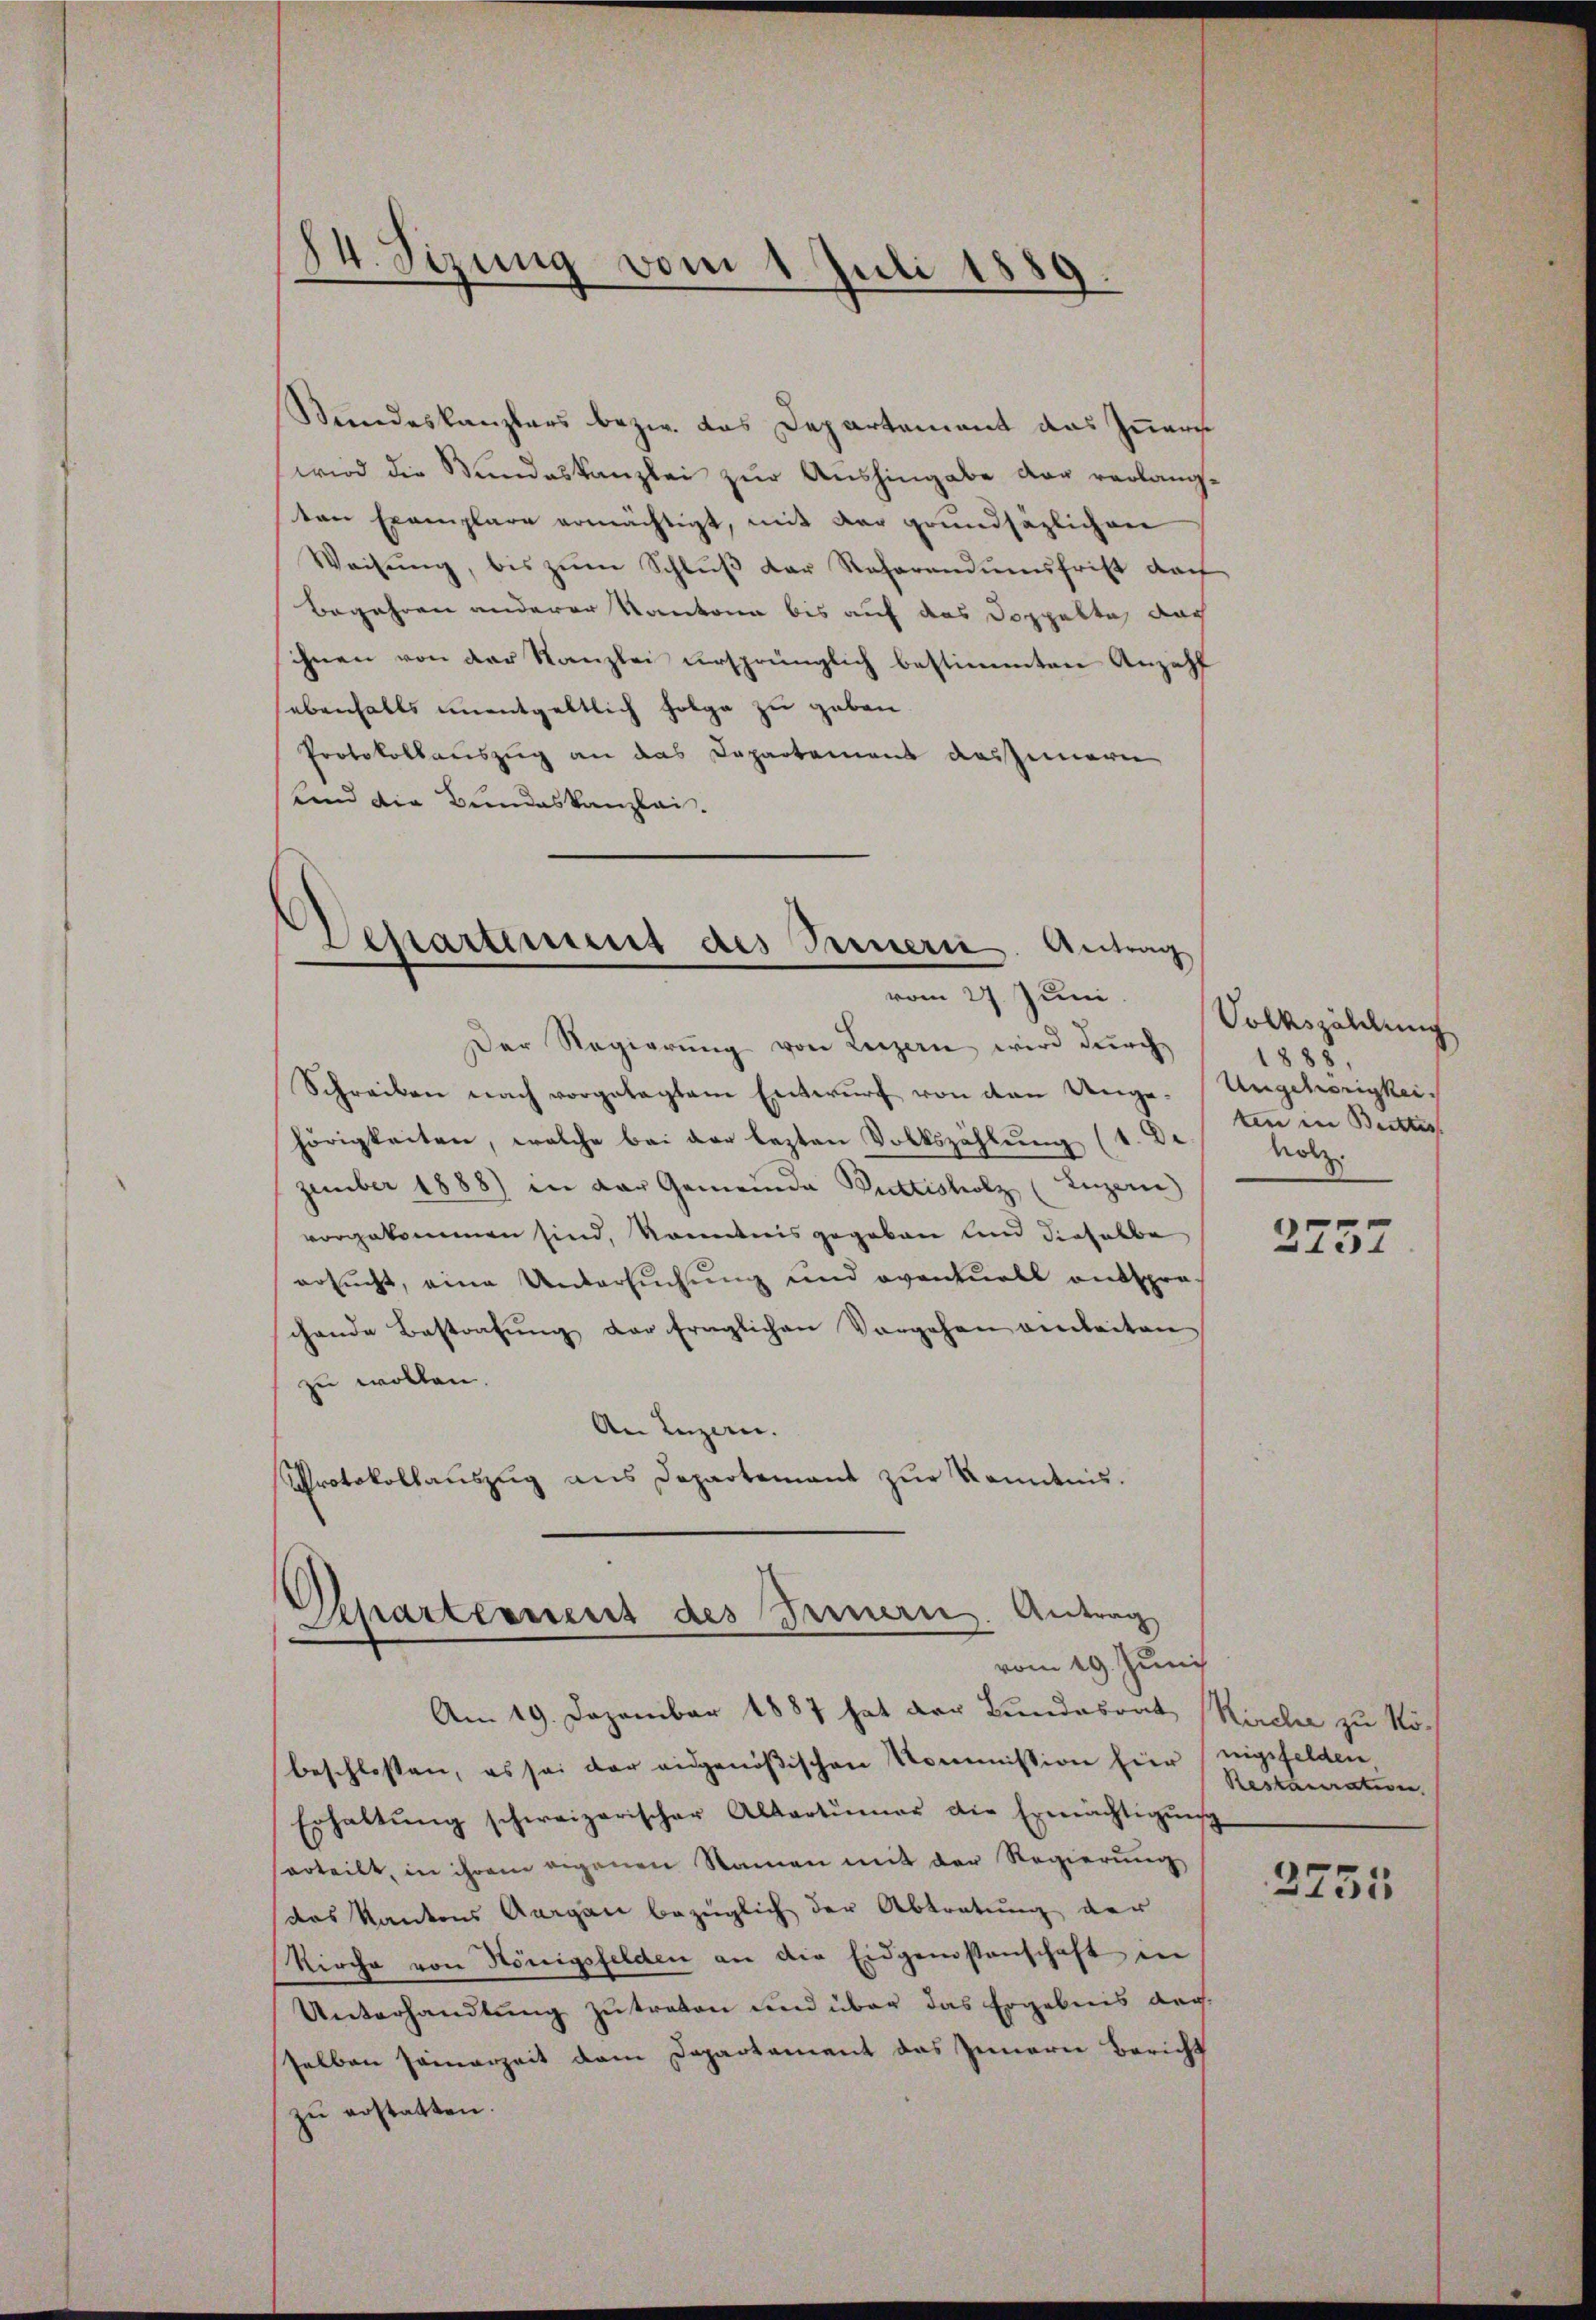
84. Sizung vom 1. Juli 1889.

Stundeskanzlers bezw. das Departement das Innern
wird die Bundeskanzlei zur Aushingabe dar verlangvon Exemplare ermächtigt, mit der grundsäzlichen
Weisŭng, bis zŭm Schlŭβ der Reharendungsfrist dar
Begehren anderer Kantone bis auf das Doppelte, nach
ihnen von der Kanzlei ursprünglich bestimmten Anzahl
sebenfalls unentgeltlich folge zu geben.
Protokollauszug an das Departement auszumern
Kind die Bundeskanzlei.

Departement des Seinern. Antrag
vom 27. Juni.

Der Regierŭng von Luzern wird durch
Schreiben nach vorgetagtem Entwŭrf von den Unge- Ungehörigkeihörigkeiten, welche bei der lezten Volkszählung (1. De
zember 1888) in der Gemeinde Buttisholz (Luzerne
vorgekommen sind, kanntnis gegeben und dieselbe
ersucht, eine Untersuchung und oventuell entspro
chende Bestrafŭng der fraglichen Vorgehen einleiten
zu wollen. |
An Luzern.
Protokollauszug aus Departement zur Kenntnis.

Reparternent des Treuern. Antrag
vom 19. Juni

Am 19. Dezember 1887 hat der Bundesrat (Kirche zu Nöbeschlossen, es sei der ausgenößischen Kommission hier nigsfelden,
Erhaltŭng schweizerischer Altartŭmer die Ermächtigŭng
erteilt, in ihrem eigenen Namen mit der Regierŭng
das Kantons Aargau bezüglich der Abtretung der
Kirche von Hönigsfelden an die Eidgenossenschaft in
Unterhandlung zu treten und über das Ergebnis derselben sammerzeit dem Departement das Innern Bericht
zŭ erstatten.

Volkszählung
1888,
ten in Bettes
holz.

2757

Restacaration
2735